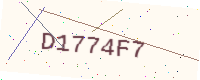
Text: D1774F7